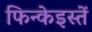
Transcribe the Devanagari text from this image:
फिन्केइस्तें